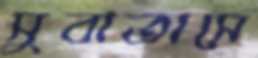
সুবাতাসে